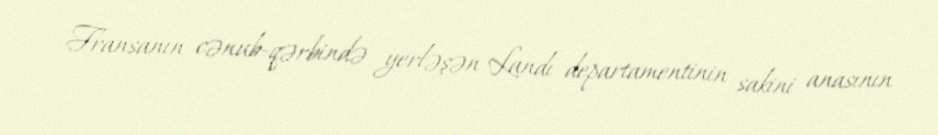
Fransanın cənub-qərbində yerləşən Landı departamentinin sakini anasının